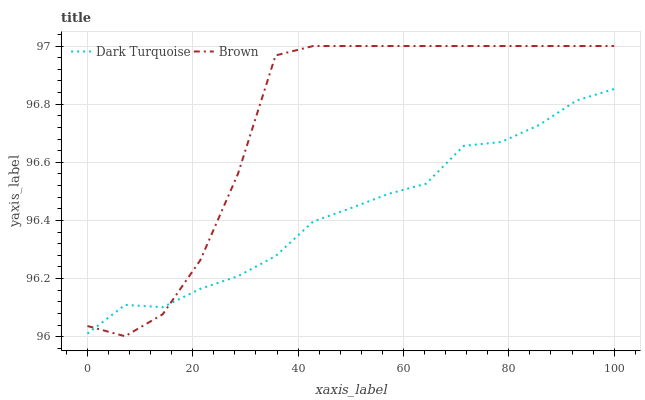
| xaxis_label | Dark Turquoise | Brown |
 | --- | --- | --- |
 | 0 | 96 | 96 |
 | 7.14 | 96.1 | 96 |
 | 14.3 | 96.1 | 96.1 |
 | 21.4 | 96.2 | 96.3 |
 | 28.6 | 96.2 | 96.6 |
 | 35.7 | 96.3 | 97 |
 | 42.9 | 96.4 | 97 |
 | 50 | 96.4 | 97 |
 | 57.1 | 96.5 | 97 |
 | 64.3 | 96.5 | 97 |
 | 71.4 | 96.7 | 97 |
 | 78.6 | 96.7 | 97 |
 | 85.7 | 96.7 | 97 |
 | 92.9 | 96.8 | 97 |
 | 100 | 96.9 | 97 |